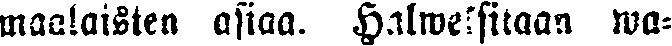
maalaisten asiaa. Halweksitaan wa-